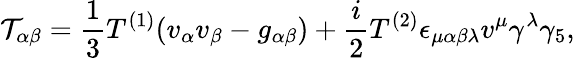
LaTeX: {\cal T}_{\alpha\beta}=\frac{1}{3}T^{(1)}(v_{\alpha}v_{\beta}-g_{\alpha\beta})+\frac{i}{2}T^{(2)}\epsilon_{\mu\alpha\beta\lambda}v^{\mu}\gamma^{\lambda}\gamma_{5},